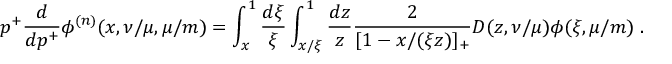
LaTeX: p ^ { + } \frac { d } { d p ^ { + } } \phi ^ { ( n ) } ( x , \nu / \mu , \mu / m ) = \int _ { x } ^ { 1 } \frac { d \xi } { \xi } \int _ { x / \xi } ^ { 1 } \frac { d z } { z } \frac { 2 } { [ 1 - x / ( \xi z ) ] _ { + } } D ( z , \nu / \mu ) \phi ( \xi , \mu / m ) \; .